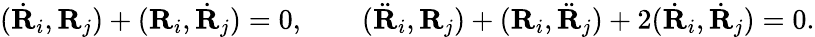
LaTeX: \begin{array}{r}{(\dot{\mathbf R}_{i},{\mathbf R}_{j})+({\mathbf R}_{i},\dot{\mathbf R}_{j})=0,\qquad(\ddot{\mathbf R}_{i},{\mathbf R}_{j})+({\mathbf R}_{i},\ddot{\mathbf R}_{j})+2(\dot{\mathbf R}_{i},\dot{\mathbf R}_{j})=0.}\end{array}